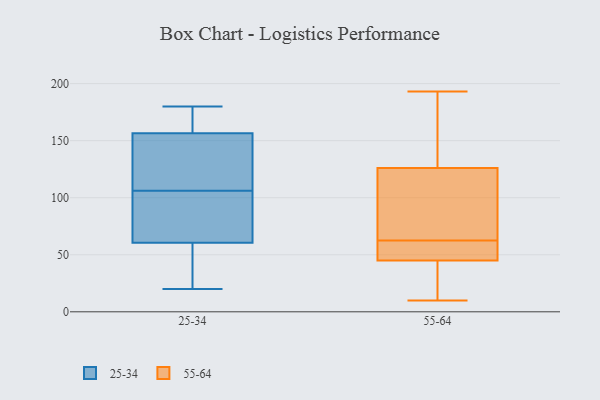
{"axis": {"x": "Bounce Rate (%)", "y": "Value"}, "legend": ["25-34", "55-64"], "data": [{"x": "", "y": 179, "type": "25-34"}, {"x": "", "y": 36, "type": "25-34"}, {"x": "", "y": 131, "type": "25-34"}, {"x": "", "y": 125, "type": "25-34"}, {"x": "", "y": 137, "type": "25-34"}, {"x": "", "y": 46, "type": "25-34"}, {"x": "", "y": 180, "type": "25-34"}, {"x": "", "y": 69, "type": "25-34"}, {"x": "", "y": 57, "type": "25-34"}, {"x": "", "y": 166, "type": "25-34"}, {"x": "", "y": 105, "type": "25-34"}, {"x": "", "y": 165, "type": "25-34"}, {"x": "", "y": 148, "type": "25-34"}, {"x": "", "y": 107, "type": "25-34"}, {"x": "", "y": 166, "type": "25-34"}, {"x": "", "y": 73, "type": "25-34"}, {"x": "", "y": 64, "type": "25-34"}, {"x": "", "y": 72, "type": "25-34"}, {"x": "", "y": 32, "type": "25-34"}, {"x": "", "y": 20, "type": "25-34"}, {"x": "", "y": 47, "type": "55-64"}, {"x": "", "y": 35, "type": "55-64"}, {"x": "", "y": 46, "type": "55-64"}, {"x": "", "y": 193, "type": "55-64"}, {"x": "", "y": 66, "type": "55-64"}, {"x": "", "y": 69, "type": "55-64"}, {"x": "", "y": 178, "type": "55-64"}, {"x": "", "y": 190, "type": "55-64"}, {"x": "", "y": 59, "type": "55-64"}, {"x": "", "y": 123, "type": "55-64"}, {"x": "", "y": 45, "type": "55-64"}, {"x": "", "y": 137, "type": "55-64"}, {"x": "", "y": 13, "type": "55-64"}, {"x": "", "y": 10, "type": "55-64"}, {"x": "", "y": 72, "type": "55-64"}, {"x": "", "y": 35, "type": "55-64"}, {"x": "", "y": 126, "type": "55-64"}, {"x": "", "y": 45, "type": "55-64"}]}